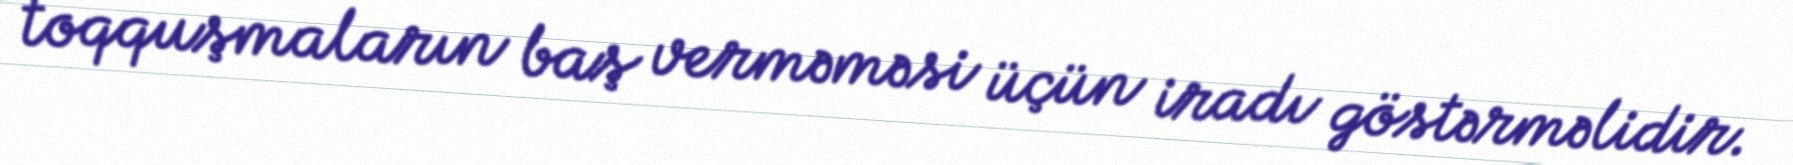
toqquşmaların baş verməməsi üçün iradı göstərməlidir.